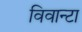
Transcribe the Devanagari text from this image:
विवान्टा